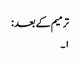
ترمیم کے بعد :
۱۔